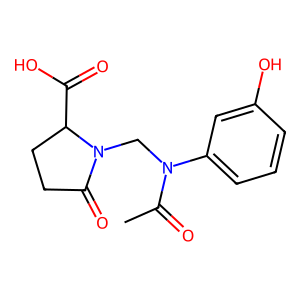
SMILES: CC(=O)N(CN1C(=O)CCC1C(=O)O)c1cccc(O)c1
Inhibits HIV replication: No